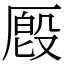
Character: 𪠔